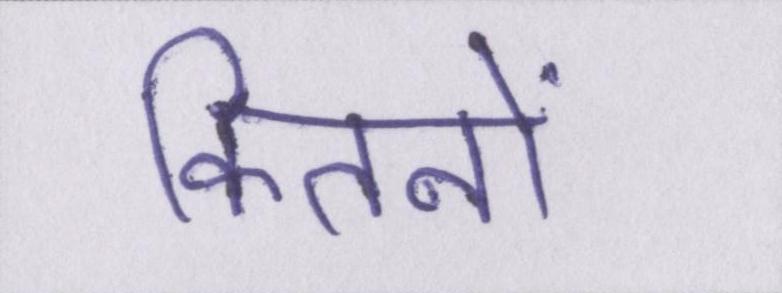
कितनों